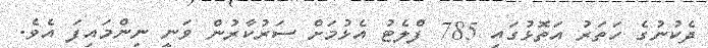
ދެކުނުގެ ހަތަރު އަތޮޅުގައި 785 ފްލެޓު އެޅުމަށް ސަރުކާރުން ވަނީ ނިންމައިފަ އެވެ.